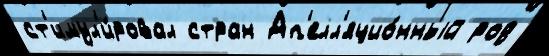
ст'имул'и́ровал стран Ап'елл'яцио́нный род